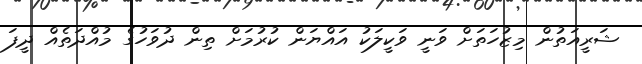
ޝަރީއަތުން މިޒުހަތަށް ވަނީ ވަކީލަކު އައްޔަން ކުރުމަށް ތިން ދުވަހުގެ މުއްދަތެއް ދީފަ